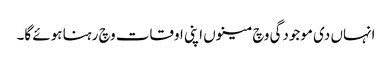
انہاں دی موجودگی وچ مینوں اپنی اوقات وچ رہنا ہوئے گا۔